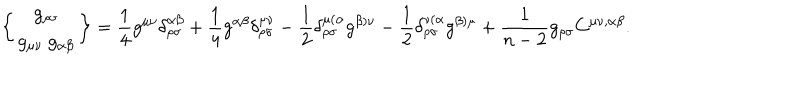
LaTeX: \left\{ \begin{array} { c } { { g _ { \rho \sigma } } } \\ { { g _ { \mu \nu } \ g _ { \alpha \beta } } } \\ \end{array} \right\} = \frac { 1 } { 4 } g ^ { \mu \nu } \delta _ { \rho \sigma } ^ { \alpha \beta } + \frac { 1 } { 4 } g ^ { \alpha \beta } \delta _ { \rho \sigma } ^ { \mu \nu } - \frac { 1 } { 2 } \delta _ { \rho \sigma } ^ { \mu ( \alpha } g ^ { \beta ) \nu } - \frac { 1 } { 2 } \delta _ { \rho \sigma } ^ { \nu ( \alpha } g ^ { \beta ) \mu } + \frac { 1 } { n - 2 } g _ { \rho \sigma } C ^ { \mu \nu , \alpha \beta } .